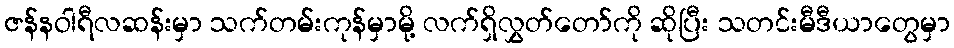
ဇန်နဝါရီလဆန်းမှာ သက်တမ်းကုန်မှာမို့ လက်ရှိလွှတ်တော်ကို ဆိုပြီး သတင်းမီဒီယာတွေမှာ